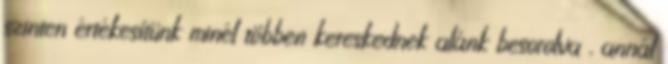
szinten értékesítünk minél többen kereskednek alánk besorolva , annál